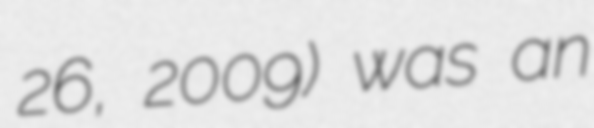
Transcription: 26, 2009) was an